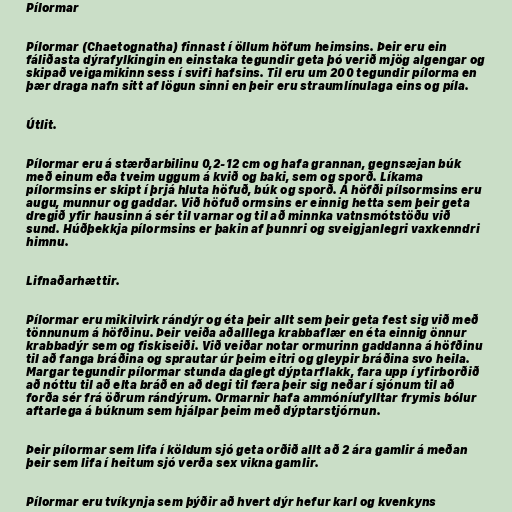
Pílormar

Pílormar (Chaetognatha) finnast í öllum höfum heimsins. Þeir eru ein
fáliðasta dýrafylkingin en einstaka tegundir geta þó verið mjög algengar og
skipað veigamikinn sess í svifi hafsins. Til eru um 200 tegundir pílorma en
þær draga nafn sitt af lögun sinni en þeir eru straumlínulaga eins og píla.

Útlit.

Pílormar eru á stærðarbilinu 0,2-12 cm og hafa grannan, gegnsæjan búk
með einum eða tveim uggum á kvið og baki, sem og sporð. Líkama
pílormsins er skipt í þrjá hluta höfuð, búk og sporð. Á höfði pílsormsins eru
augu, munnur og gaddar. Við höfuð ormsins er einnig hetta sem þeir geta
dregið yfir hausinn á sér til varnar og til að minnka vatnsmótstöðu við
sund. Húðþekkja pílormsins er þakin af þunnri og sveigjanlegri vaxkenndri
himnu.

Lifnaðarhættir.

Pílormar eru mikilvirk rándýr og éta þeir allt sem þeir geta fest sig við með
tönnunum á höfðinu. Þeir veiða aðalllega krabbaflær en éta einnig önnur
krabbadýr sem og fiskiseiði. Við veiðar notar ormurinn gaddanna á höfðinu
til að fanga bráðina og sprautar úr þeim eitri og gleypir bráðina svo heila.
Margar tegundir pílormar stunda daglegt dýptarflakk, fara upp í yfirborðið
að nóttu til að elta bráð en að degi til færa þeir sig neðar í sjónum til að
forða sér frá öðrum rándýrum. Ormarnir hafa ammóníufylltar frymis bólur
aftarlega á búknum sem hjálpar þeim með dýptarstjórnun.

Þeir pílormar sem lifa í köldum sjó geta orðið allt að 2 ára gamlir á meðan
þeir sem lifa í heitum sjó verða sex vikna gamlir.

Pílormar eru tvíkynja sem þýðir að hvert dýr hefur karl og kvenkyns